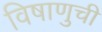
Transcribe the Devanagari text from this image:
विषाणुची